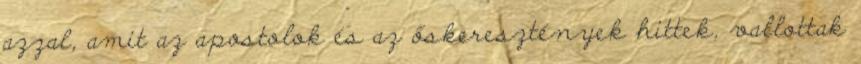
azzal, amit az apostolok és az őskeresztények hittek, vallottak